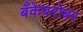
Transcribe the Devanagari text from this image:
बँकेबरोबर